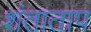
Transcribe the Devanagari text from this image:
शंताताप